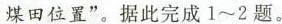
煤田位置”。据此完成1~2题。